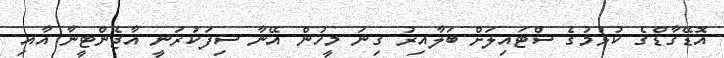
އޮޑޭގާޑްގެ ކުޅުމުގެ ސްޓައިލަށް ބަލާއިރު ގިނަ މީހުން އޭނާ ސިފަކުރަނީ އާޖެންޓީނާ އާއި